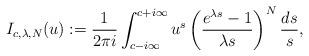
LaTeX: \begin{align*}I_{c,\lambda,N}(u):=\frac{1}{2\pi i}\int_{c-i\infty}^{c+i\infty}u^{s}\left(\frac{e^{\lambda s}-1}{\lambda s}\right)^{N}\frac{ds}{s},\end{align*}